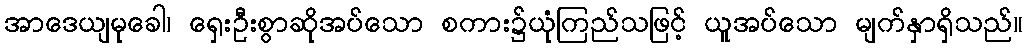
အာဒေယျမုခေါ၊ ရှေးဦးစွာဆိုအပ်သော စကား၌ယုံကြည်သဖြင့် ယူအပ်သော မျက်နှာရှိသည်။